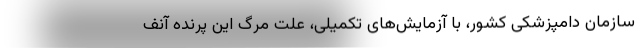
سازمان دامپزشکی کشور، با آزمایش‌های تکمیلی، علت مرگ این پرنده آنف